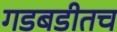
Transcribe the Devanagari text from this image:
गडबडीतच